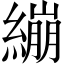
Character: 繃